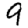
Digit: 9